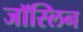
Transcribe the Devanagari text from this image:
जॉस्लिन